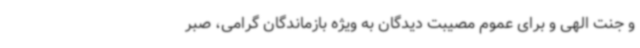
و جنت الهی و برای عموم مصیبت دیدگان به ویژه بازماندگان گرامی، صبر